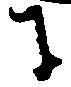
に